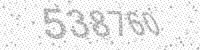
Solution: 538760